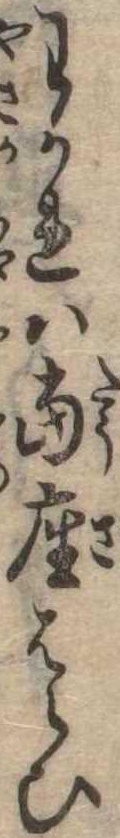
わかれは当座はらひ